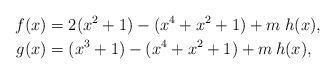
LaTeX: \begin{align*} f(x) & = 2(x^2+1)-(x^4+x^2+1)+m\;h(x),\\g(x) & = (x^3+1)-(x^4+x^2+1)+ m\:h(x),\end{align*}